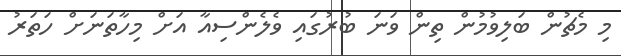
މި މެޗުން ބަލިވުމުން ތިން ވަނަ ބުރުގައި ވެލެންސިއާ އަށް މިހާތަނަށް ހަތަރު